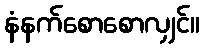
နံနက်စောစောလျှင်။